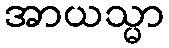
အာယသ္မာ